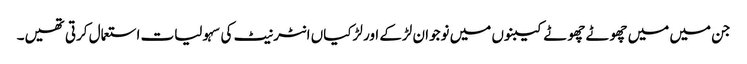
جن میں میں چھوٹے چھوٹے کیبنوں میں نوجوان لڑکے اور لڑکیاں انٹر نیٹ کی سہولیات استعمال کرتی تھیں۔